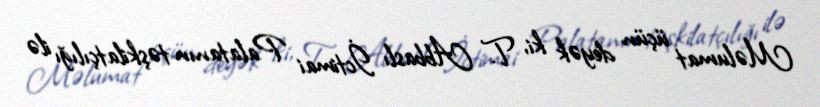
Məlumat üçün deyək ki, T. Abbaslı İctimai Palatanın təşkilatçılığı ilə